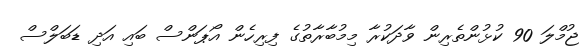
ޖުމްލަ 90 ކުޅުންތެރިން ވާދަކުރާ މިމުބާރާތުގެ ފިރިހެން އޯޕަންސް ބައި އަދި ޑަބަލްސް